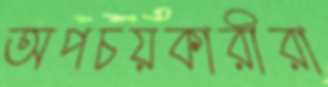
অপচয়কারীরা